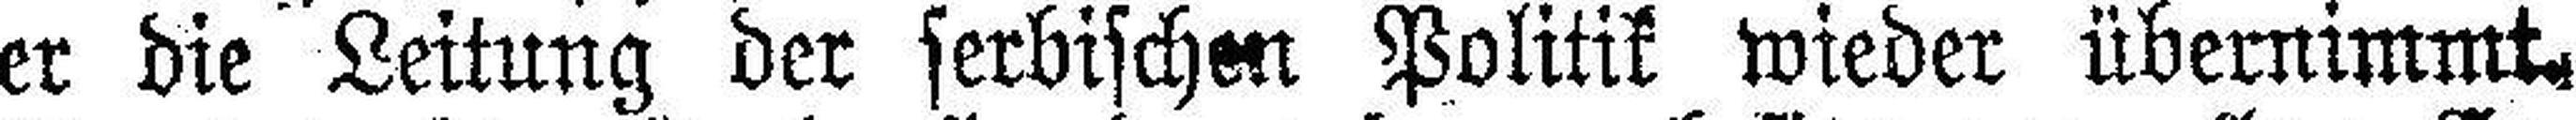
er die Leitung der serbischen Politik wieder übernimmt.